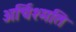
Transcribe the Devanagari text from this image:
अर्चिश्मति